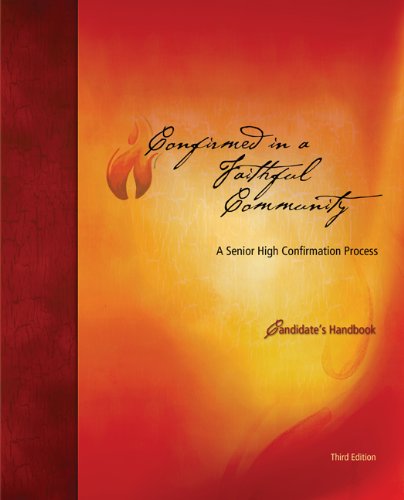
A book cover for Confirmed in a Faithful Community Candidate's Handbook: Third Edition; Thomas Zanzig; Christian Books & Bibles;